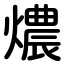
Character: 燶